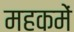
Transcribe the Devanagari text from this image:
महकमें